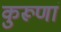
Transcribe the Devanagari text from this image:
कुरूणां